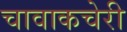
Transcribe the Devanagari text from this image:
चावाकचेरी